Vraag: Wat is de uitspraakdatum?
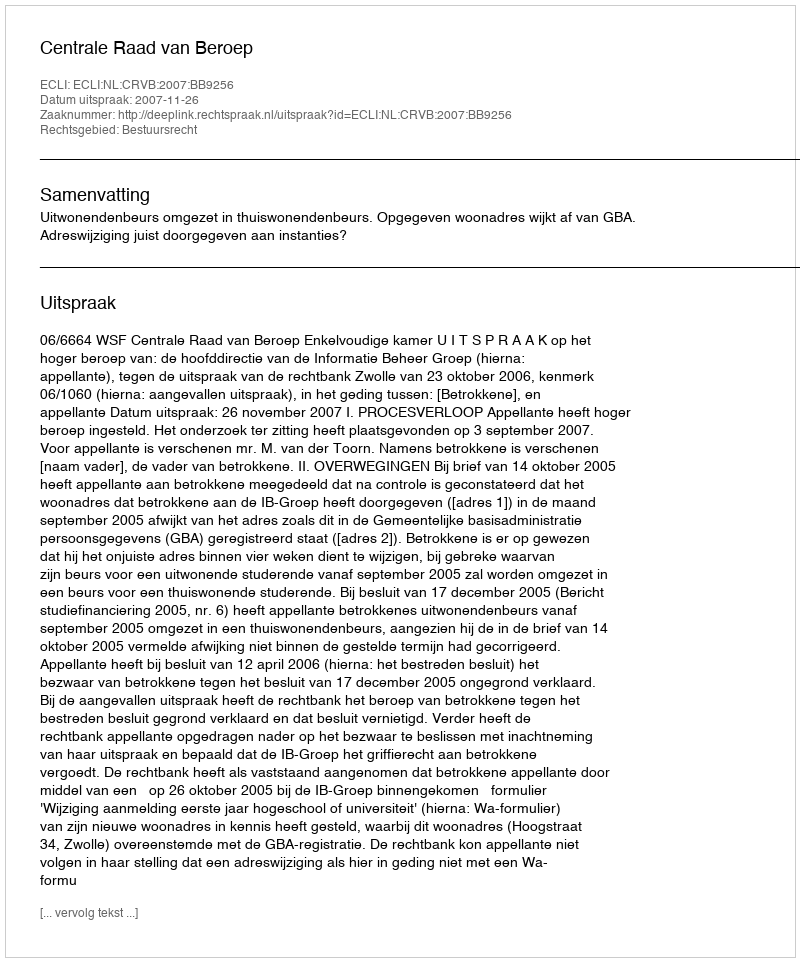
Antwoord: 2007-11-26